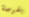
بفرصة